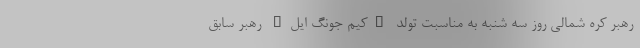
رهبر کره شمالی روز سه شنبه به مناسبت تولد "کیم جونگ ایل" رهبر سابق